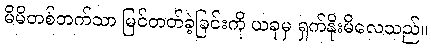
မိမိတစ်ဘက်သာ မြင်တတ်ခဲ့ခြင်းကို ယခုမှ ရှက်နိုးမိလေသည်။